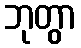
ဘုတွာ